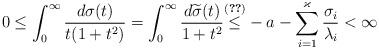
\begin{align*} 0 \le \int_0^\infty\frac{d\sigma(t)}{t(1+t^2)} =\int_0^\infty\frac{d\widetilde\sigma(t)}{1+t^2} \overset{\eqref{eq:phi_form_2_cond}}{{}\le{}} - a - \sum_{i=1}^{\varkappa}\frac{\sigma_i}{\lambda_i}<\infty \end{align*}